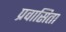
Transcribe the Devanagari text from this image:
प्रवासिता